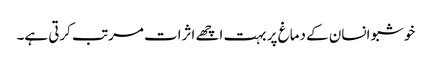
خوشبو انسان کے دماغ پر بہت اچھے اثرات مرتب کرتی ہے۔